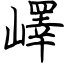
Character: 嶧